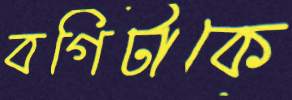
বগিটাকে